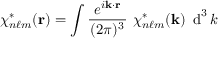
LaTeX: \chi _ { n \ell m } ^ { * } ( { \mathbf { r } } ) = \int { \frac { ~ e ^ { i \mathbf { k } \cdot \mathbf { r } } ~ } { ( 2 \pi ) ^ { 3 } } } ~ \chi _ { n \ell m } ^ { * } ( { \mathbf { k } } ) ~ \operatorname { d } ^ { 3 } k